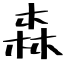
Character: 森